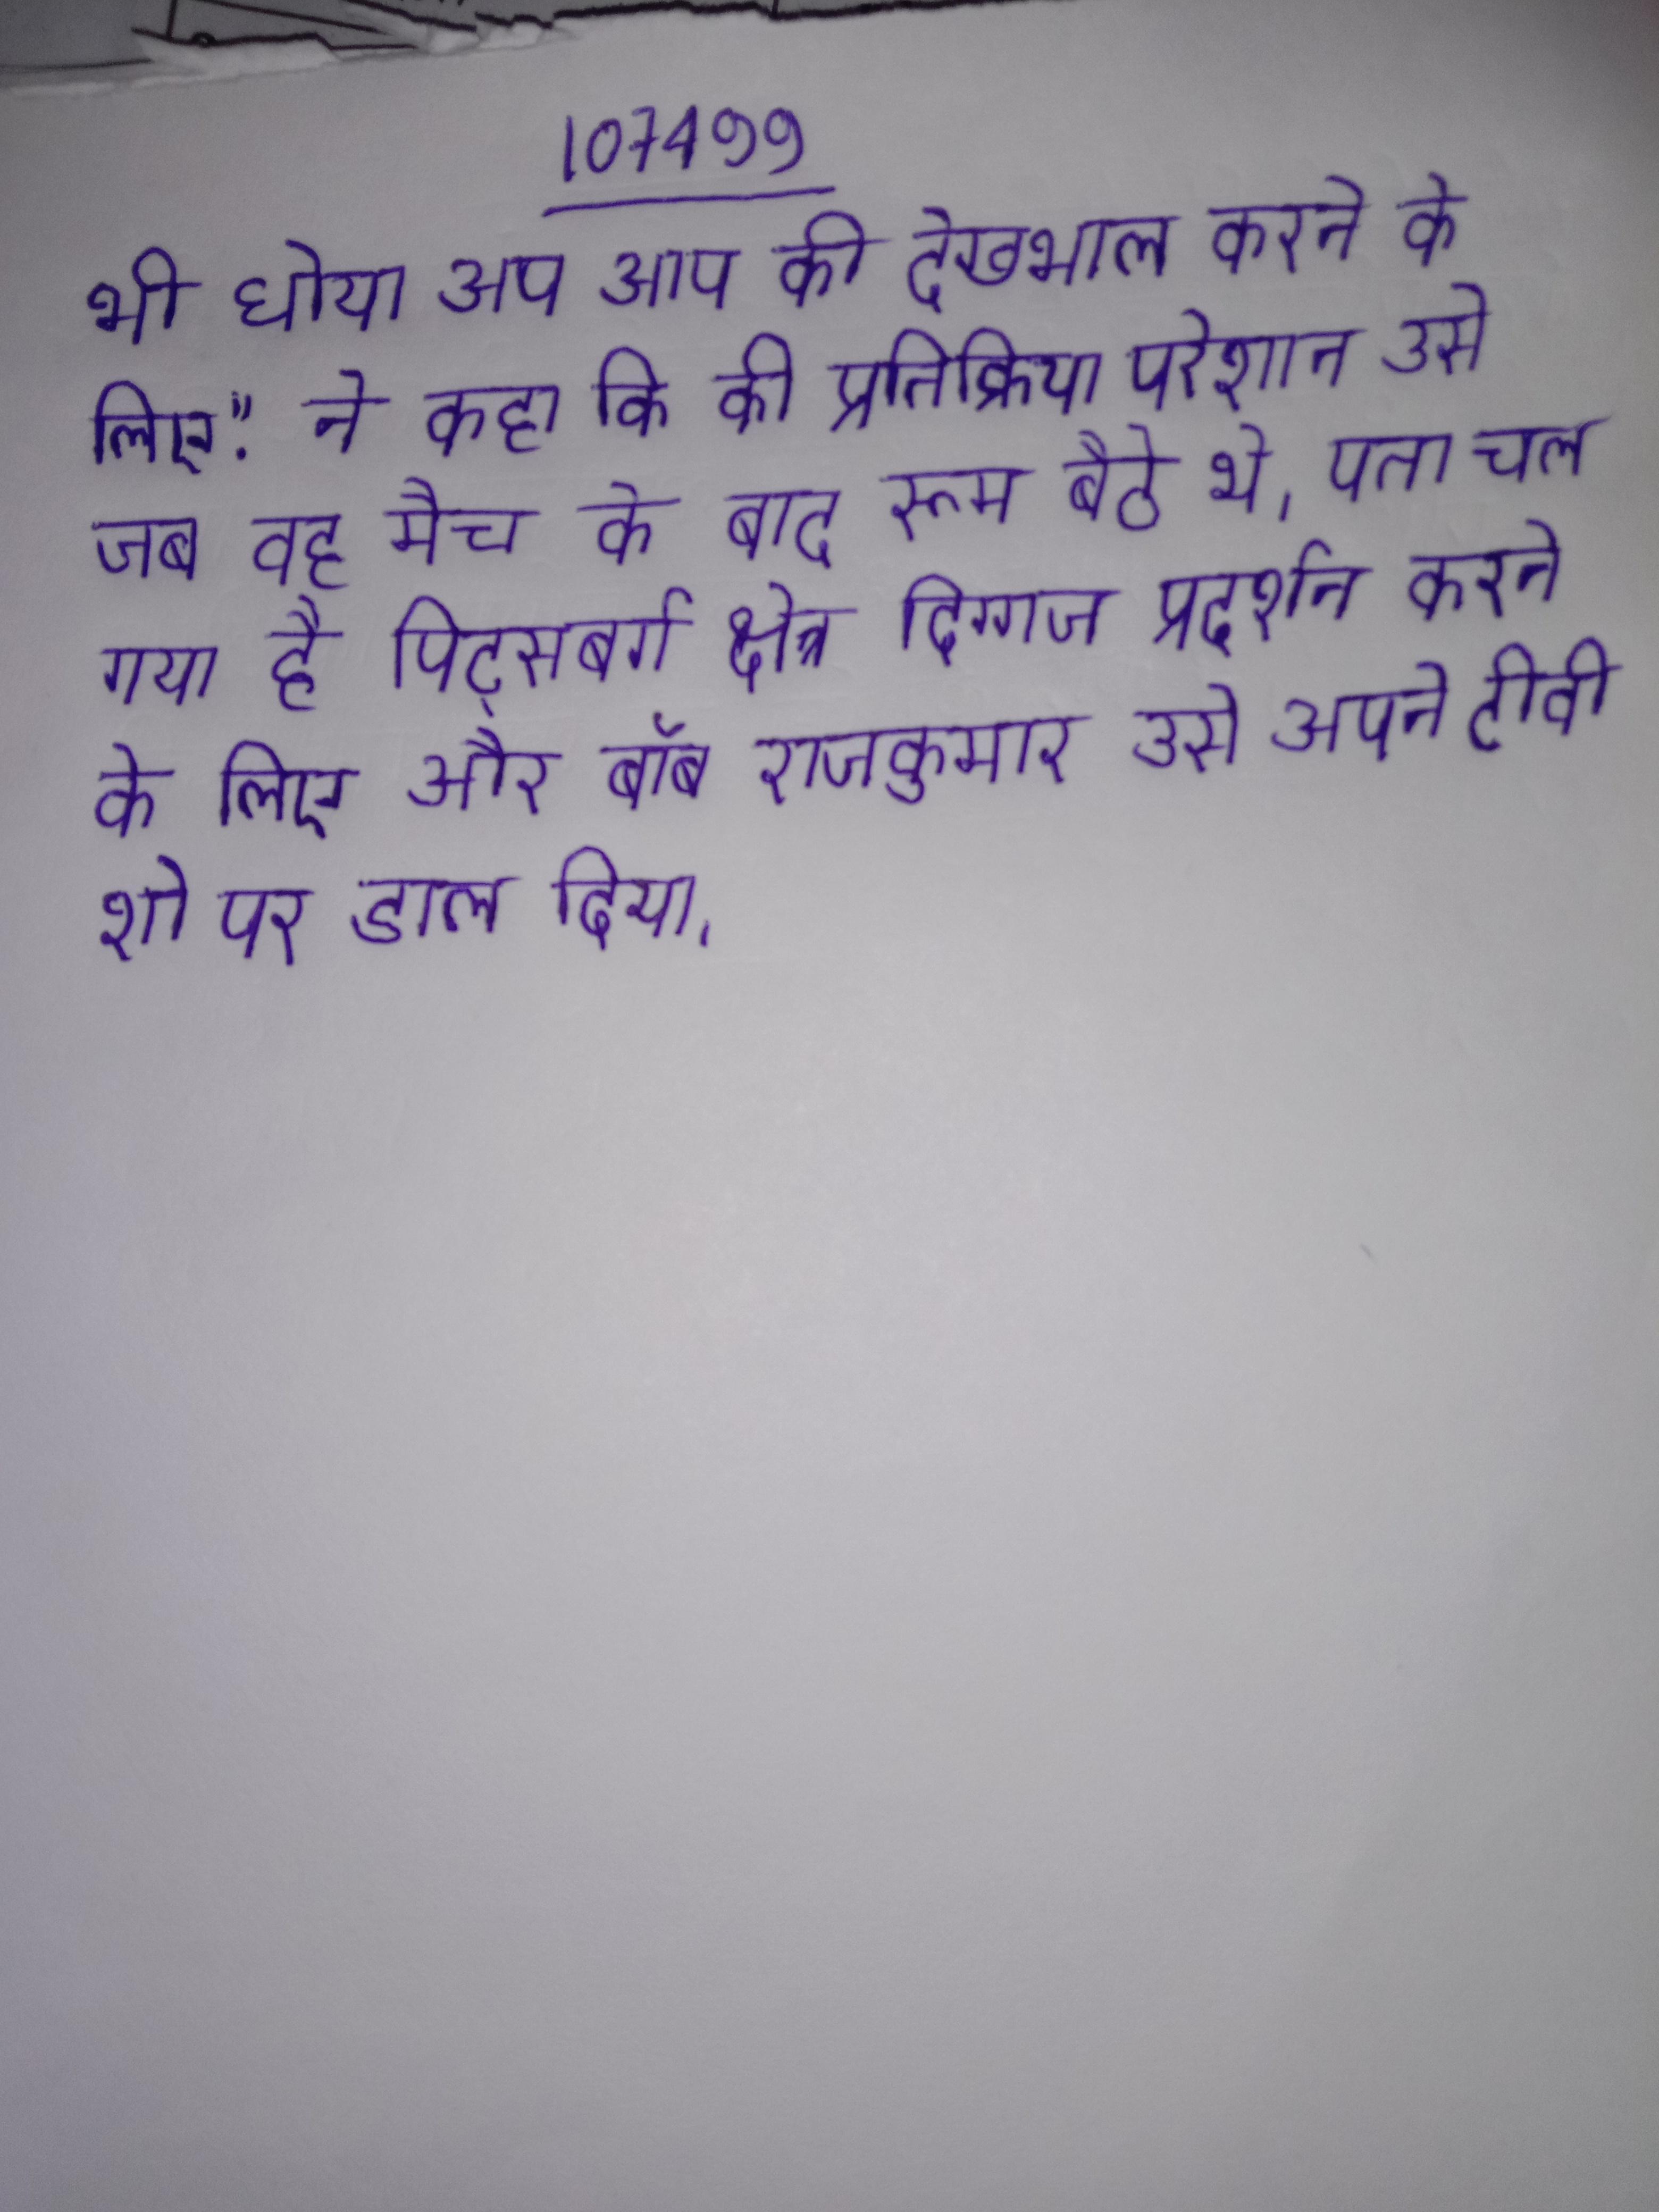
भी धोया अप आप की देखभाल करने के लिए." ने कहा कि की प्रतिक्रिया परेशान उसे जब वह मैच के बाद रूम बैठे थे । पता चल गया है पिट्सबर्ग क्षेत्र दिग्गज प्रदर्शन करने के लिए और बॉब राजकुमार उसे अपने टीवी शो पर डाल दिया ।